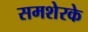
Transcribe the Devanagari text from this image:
समशेरके